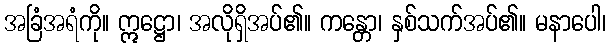
အခြံအရံကို။ ဣဋ္ဌော၊ အလိုရှိအပ်၏။ ကန္တော၊ နှစ်သက်အပ်၏။ မနာပေါ၊